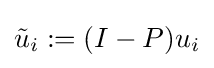
{\tilde {u}}_{i}:=(I-P)u_{i}